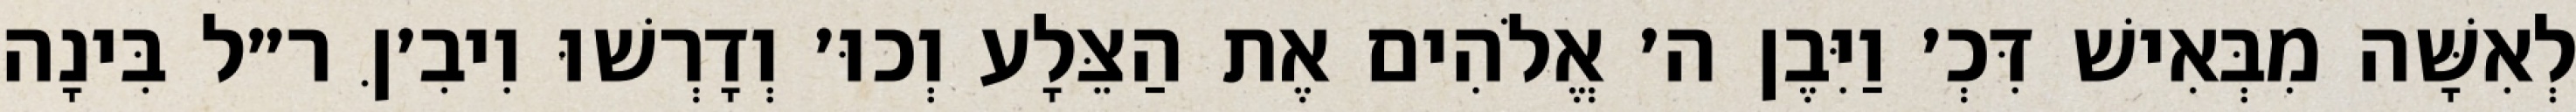
לְאִשָּׁה מִבְּאִישׁ דִּכְ׳ וַיִּבֶן ה׳ אֱלֹהִים אֶת הַצֵּלָע וְכוּ׳ וְדָרְשׁוּ וִיבִ׳ןּ ר״ל בִּינָה